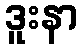
ဒူးနာ